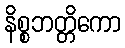
နိစ္စဘတ္တိကော